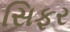
સિફર